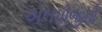
એલપીજીની